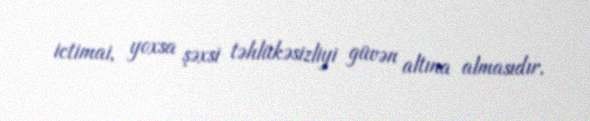
ictimai, yoxsa şəxsi təhlükəsizliyi güvən altına almasıdır.